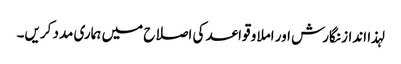
لہذا انداز نگارش اور املا و قواعد کی اصلاح میں ہماری مدد کریں۔